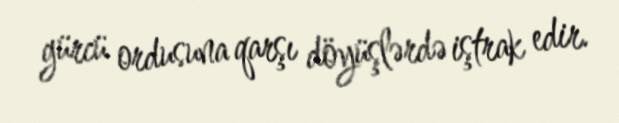
gürcü ordusuna qarşı döyüşlərdə iştrak edir.